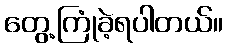
တွေ့ကြုံခဲ့ရပါတယ်။